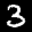
Label: 3